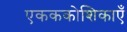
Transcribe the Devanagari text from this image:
एकककोशिकाएँ